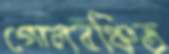
গোলবঞ্চিত